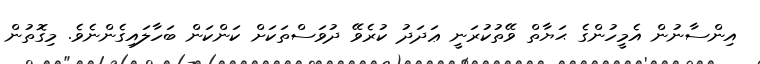
އިންސާނުން އެމީހުންގެ ޙަޔާތް ވޭތުކުރަނީ ޢަދަދު ކުރެވޭ ދުވަސްތަކަށް ކަންކަން ބަހާލައިގެންނެވެ. މިގޮތުން